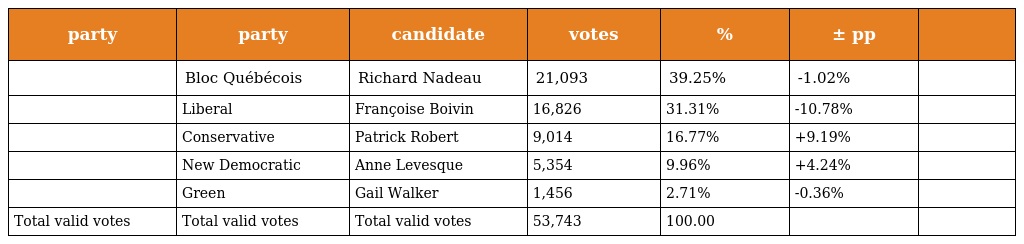
| party | party | candidate | votes | % | ± pp |  |
 | --- | --- | --- | --- | --- | --- | --- |
 |  | Bloc Québécois | Richard Nadeau | 21,093 | 39.25% | -1.02% |  |
 |  | Liberal | Françoise Boivin | 16,826 | 31.31% | -10.78% |  |
 |  | Conservative | Patrick Robert | 9,014 | 16.77% | +9.19% |  |
 |  | New Democratic | Anne Levesque | 5,354 | 9.96% | +4.24% |  |
 |  | Green | Gail Walker | 1,456 | 2.71% | -0.36% |  |
 | Total valid votes | Total valid votes | Total valid votes | 53,743 | 100.00 |  |  |